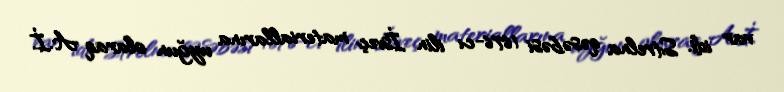
var idi. Strelna qəsəbəsi 1676-cı ilin İsveç materiallarına uyğun olaraq A.İ.